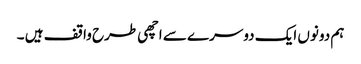
ہم دونوں ایک دوسرے سے اچھی طرح واقف ہیں ۔